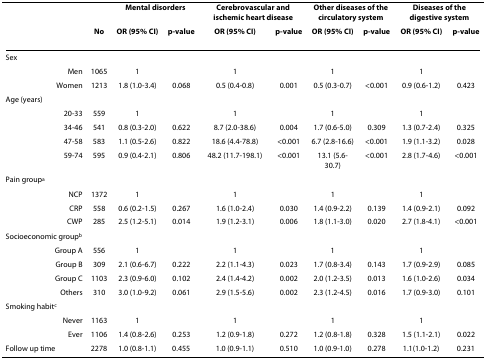
<table><thead><tr><td></td><td></td><td colspan="2"><b>Mental disorders</b></td><td colspan="2"><b>Cerebrovascular and ischemic heart disease</b></td><td colspan="2"><b>Other diseases of the circulatory system</b></td><td colspan="2"><b>Diseases of the digestive system</b></td></tr><tr><td></td><td><b>No</b></td><td><b>OR (95% CI)</b></td><td><b>p-value</b></td><td><b>OR (95% CI)</b></td><td><b>p-value</b></td><td><b>OR (95% CI)</b></td><td><b>p-value</b></td><td><b>OR (95% CI)</b></td><td><b>p-value</b></td></tr></thead><tbody><tr><td>Sex</td><td></td><td></td><td></td><td></td><td></td><td></td><td></td><td></td><td></td></tr><tr><td>Men</td><td>1065</td><td>1</td><td></td><td>1</td><td></td><td>1</td><td></td><td>1</td><td></td></tr><tr><td>Women</td><td>1213</td><td>1.8 (1.0-3.4)</td><td>0.068</td><td>0.5 (0.4-0.8)</td><td>0.001</td><td>0.5 (0.3-0.7)</td><td>&lt;0.001</td><td>0.9 (0.6-1.2)</td><td>0.423</td></tr><tr><td>Age (years)</td><td></td><td></td><td></td><td></td><td></td><td></td><td></td><td></td><td></td></tr><tr><td>20-33</td><td>559</td><td>1</td><td></td><td>1</td><td></td><td>1</td><td></td><td>1</td><td></td></tr><tr><td>34-46</td><td>541</td><td>0.8 (0.3-2.0)</td><td>0.622</td><td>8.7 (2.0-38.6)</td><td>0.004</td><td>1.7 (0.6-5.0)</td><td>0.309</td><td>1.3 (0.7-2.4)</td><td>0.325</td></tr><tr><td>47-58</td><td>583</td><td>1.1 (0.5-2.6)</td><td>0.822</td><td>18.6 (4.4-78.8)</td><td>&lt;0.001</td><td>6.7 (2.8-16.6)</td><td>&lt;0.001</td><td>1.9 (1.1-3.2)</td><td>0.028</td></tr><tr><td>59-74</td><td>595</td><td>0.9 (0.4-2.1)</td><td>0.806</td><td>48.2 (11.7-198.1)</td><td>&lt;0.001</td><td>13.1 (5.6-30.7)</td><td>&lt;0.001</td><td>2.8 (1.7-4.6)</td><td>&lt;0.001</td></tr><tr><td>Pain group<sup>a</sup></td><td></td><td></td><td></td><td></td><td></td><td></td><td></td><td></td><td></td></tr><tr><td>NCP</td><td>1372</td><td>1</td><td></td><td>1</td><td></td><td>1</td><td></td><td>1</td><td></td></tr><tr><td>CRP</td><td>558</td><td>0.6 (0.2-1.5)</td><td>0.267</td><td>1.6 (1.0-2.4)</td><td>0.030</td><td>1.4 (0.9-2.2)</td><td>0.139</td><td>1.4 (0.9-2.1)</td><td>0.092</td></tr><tr><td>CWP</td><td>285</td><td>2.5 (1.2-5.1)</td><td>0.014</td><td>1.9 (1.2-3.1)</td><td>0.006</td><td>1.8 (1.1-3.0)</td><td>0.020</td><td>2.7 (1.8-4.1)</td><td>&lt;0.001</td></tr><tr><td>Socioeconomic group<sup>b</sup></td><td></td><td></td><td></td><td></td><td></td><td></td><td></td><td></td><td></td></tr><tr><td>Group A</td><td>556</td><td>1</td><td></td><td>1</td><td></td><td>1</td><td></td><td>1</td><td></td></tr><tr><td>Group B</td><td>309</td><td>2.1 (0.6-6.7)</td><td>0.222</td><td>2.2 (1.1-4.3)</td><td>0.023</td><td>1.7 (0.8-3.4)</td><td>0.143</td><td>1.7 (0.9-2.9)</td><td>0.085</td></tr><tr><td>Group C</td><td>1103</td><td>2.3 (0.9-6.0)</td><td>0.102</td><td>2.4 (1.4-4.2)</td><td>0.002</td><td>2.0 (1.2-3.5)</td><td>0.013</td><td>1.6 (1.0-2.6)</td><td>0.034</td></tr><tr><td>Others</td><td>310</td><td>3.0 (1.0-9.2)</td><td>0.061</td><td>2.9 (1.5-5.6)</td><td>0.002</td><td>2.3 (1.2-4.5)</td><td>0.016</td><td>1.7 (0.9-3.0)</td><td>0.101</td></tr><tr><td>Smoking habit<sup>c</sup></td><td></td><td></td><td></td><td></td><td></td><td></td><td></td><td></td><td></td></tr><tr><td>Never</td><td>1163</td><td>1</td><td></td><td>1</td><td></td><td>1</td><td></td><td>1</td><td></td></tr><tr><td>Ever</td><td>1106</td><td>1.4 (0.8-2.6)</td><td>0.253</td><td>1.2 (0.9-1.8)</td><td>0.272</td><td>1.2 (0.8-1.8)</td><td>0.328</td><td>1.5 (1.1-2.1)</td><td>0.022</td></tr><tr><td>Follow up time</td><td>2278</td><td>1.0 (0.8-1.1)</td><td>0.455</td><td>1.0 (0.9-1.1)</td><td>0.510</td><td>1.0 (0.9-1.0)</td><td>0.278</td><td>1.1(1.0-1.2)</td><td>0.231</td></tr></tbody></table>